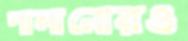
পালানোরও